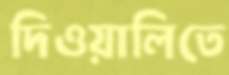
দিওয়ালিতে